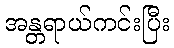
အန္တရာယ်ကင်းပြီး